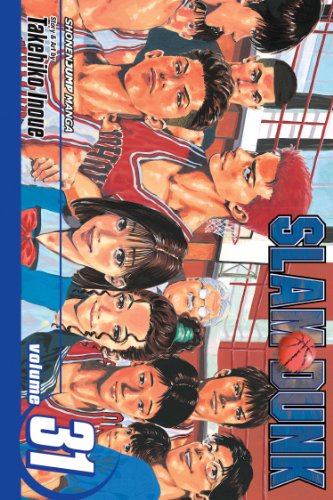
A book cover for Slam Dunk, Vol. 31; Takehiko Inoue; Comics & Graphic Novels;